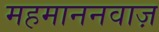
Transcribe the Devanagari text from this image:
महमाननवाज़